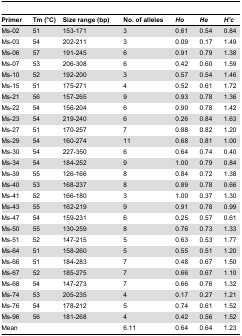
<table><thead><tr><td><b>Primer</b></td><td><b>Tm (°C)</b></td><td><b>Size range (bp)</b></td><td><b>No. of alleles</b></td><td><b><i>Ho</i></b></td><td><b><i>He</i></b></td><td><b><i>H’c</i></b></td></tr></thead><tbody><tr><td>Ms-02</td><td>51</td><td>153-171</td><td>3</td><td>0.61</td><td>0.54</td><td>0.84</td></tr><tr><td>Ms-03</td><td>54</td><td>202-211</td><td>3</td><td>0.09</td><td>0.17</td><td>1.49</td></tr><tr><td>Ms-06</td><td>57</td><td>191-245</td><td>6</td><td>0.91</td><td>0.79</td><td>1.38</td></tr><tr><td>Ms-07</td><td>53</td><td>206-308</td><td>6</td><td>0.42</td><td>0.60</td><td>1.59</td></tr><tr><td>Ms-10</td><td>52</td><td>192-200</td><td>3</td><td>0.57</td><td>0.54</td><td>1.46</td></tr><tr><td>Ms-15</td><td>51</td><td>175-271</td><td>4</td><td>0.52</td><td>0.61</td><td>1.72</td></tr><tr><td>Ms-21</td><td>56</td><td>157-265</td><td>9</td><td>0.93</td><td>0.78</td><td>1.36</td></tr><tr><td>Ms-22</td><td>54</td><td>156-204</td><td>6</td><td>0.90</td><td>0.78</td><td>1.42</td></tr><tr><td>Ms-23</td><td>54</td><td>219-240</td><td>6</td><td>0.26</td><td>0.84</td><td>1.63</td></tr><tr><td>Ms-27</td><td>51</td><td>170-257</td><td>7</td><td>0.88</td><td>0.82</td><td>1.20</td></tr><tr><td>Ms-29</td><td>54</td><td>160-274</td><td>11</td><td>0.68</td><td>0.81</td><td>1.00</td></tr><tr><td>Ms-30</td><td>54</td><td>227-350</td><td>6</td><td>0.64</td><td>0.74</td><td>0.40</td></tr><tr><td>Ms-34</td><td>54</td><td>184-252</td><td>9</td><td>1.00</td><td>0.79</td><td>0.84</td></tr><tr><td>Ms-39</td><td>55</td><td>126-166</td><td>8</td><td>0.84</td><td>0.72</td><td>1.38</td></tr><tr><td>Ms-40</td><td>53</td><td>168-237</td><td>8</td><td>0.89</td><td>0.78</td><td>0.66</td></tr><tr><td>Ms-41</td><td>52</td><td>166-180</td><td>3</td><td>1.00</td><td>0.37</td><td>1.30</td></tr><tr><td>Ms-43</td><td>55</td><td>162-219</td><td>9</td><td>0.91</td><td>0.78</td><td>0.99</td></tr><tr><td>Ms-47</td><td>54</td><td>159-231</td><td>6</td><td>0.25</td><td>0.57</td><td>0.61</td></tr><tr><td>Ms-50</td><td>55</td><td>130-259</td><td>8</td><td>0.76</td><td>0.73</td><td>1.33</td></tr><tr><td>Ms-51</td><td>52</td><td>147-215</td><td>5</td><td>0.63</td><td>0.53</td><td>1.77</td></tr><tr><td>Ms-64</td><td>51</td><td>158-260</td><td>5</td><td>0.55</td><td>0.51</td><td>1.20</td></tr><tr><td>Ms-66</td><td>51</td><td>184-283</td><td>7</td><td>0.48</td><td>0.67</td><td>1.50</td></tr><tr><td>Ms-67</td><td>52</td><td>185-275</td><td>7</td><td>0.66</td><td>0.67</td><td>1.10</td></tr><tr><td>Ms-68</td><td>54</td><td>147-273</td><td>7</td><td>0.66</td><td>0.76</td><td>1.32</td></tr><tr><td>Ms-74</td><td>53</td><td>205-235</td><td>4</td><td>0.17</td><td>0.27</td><td>1.21</td></tr><tr><td>Ms-76</td><td>54</td><td>178-212</td><td>5</td><td>0.74</td><td>0.61</td><td>1.52</td></tr><tr><td>Ms-96</td><td>56</td><td>181-268</td><td>4</td><td>0.42</td><td>0.56</td><td>1.52</td></tr><tr><td>Mean</td><td></td><td></td><td>6.11</td><td>0.64</td><td>0.64</td><td>1.23</td></tr></tbody></table>